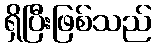
ရှိပြီးဖြစ်သည်